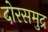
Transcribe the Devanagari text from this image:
दोरसमुद्र